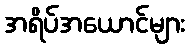
အရိပ်အယောင်များ